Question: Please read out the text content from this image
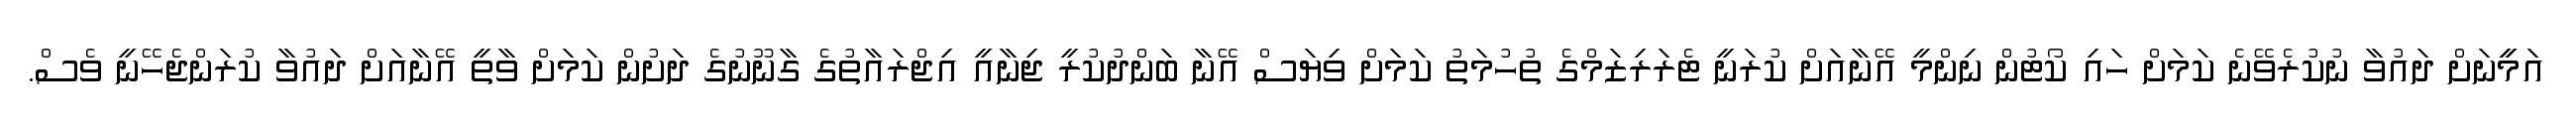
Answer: އަމީީނަށް ދައުވާ ނުކުރެވޭނެ ކަމަށް ހައި ކޯޓުން ނިންމީ އޭނާއަށް ކުރަނީ ޓެރަރިޒަމްގެ ތުހުމަތު ކަމަށް ވިޔަސް އޭނާ ބަންދުކުރީ ޖިނާއީ އިޖްރައާތުގެ ގާނޫނުގެ ދަށުން ކަމަށް ވާތީ އޭނާއަށް ދައުވާ ކުރަންޖެހޭނީ ވެސް.